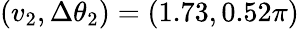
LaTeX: (v_{2},\Delta\theta_{2})=(1.73,0.52\pi)